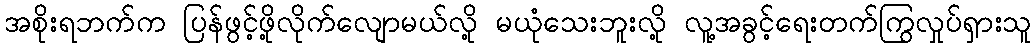
အစိုးရဘက်က ပြန်ဖွင့်ဖို့လိုက်လျောမယ်လို့ မယုံသေးဘူးလို့ လူ့အခွင့်ရေးတက်ကြွလှုပ်ရှားသူ